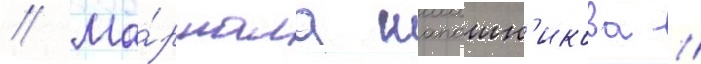
// Ма́ршала шапошн'икова //